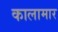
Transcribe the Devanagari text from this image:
कालामार